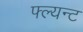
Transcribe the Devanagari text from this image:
फ्ल्यन्ट